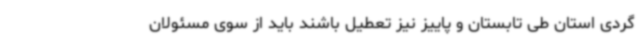
گردی استان طی تابستان و پاییز نیز تعطیل باشند باید از سوی مسئولان